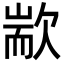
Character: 歂